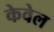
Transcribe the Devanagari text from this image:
केवेल